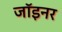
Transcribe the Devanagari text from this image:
जॉइनर